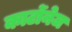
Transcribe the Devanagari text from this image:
कार्टोनेज